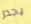
يجدر